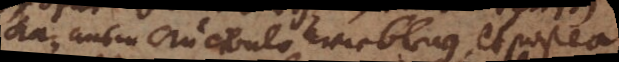
kan ausm crucibulo wie bley, et postea